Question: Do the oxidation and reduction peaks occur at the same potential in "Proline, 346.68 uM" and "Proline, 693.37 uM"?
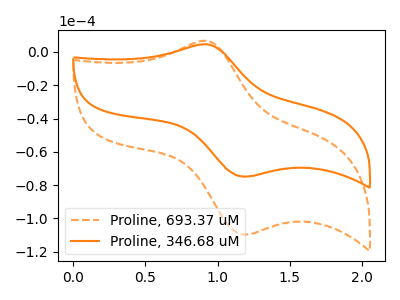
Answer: <think>The orange dashed curve "Proline, 693.37 uM" has an anodic peak at (0.90V, 6.65uA) and a cathodic peak at (1.20V, -109.55uA). The orange curve "Proline, 346.68 uM" has an anodic peak at (0.90V, 4.55uA) and a cathodic peak at (1.20V, -74.80uA).</think>
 <answer>Yes, "Proline, 346.68 uM" have a peak in "Proline, 693.37 uM" at the same potential.</answer>
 <eval>match</eval>